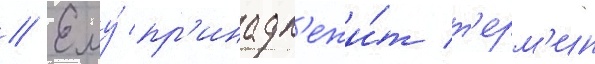
// Ему́ пр'инадл'ежи́т т'ерм'ин